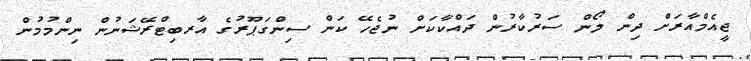
ޖީއެމްއާރަށް ދިން ލޯން ސަރުކާރުން ދައްކާކަށް ނުޖެހޭ ކަން ސިންގަޕޫރުގެ އާރބިޓްރޭޝަނުން ނިންމުމުން